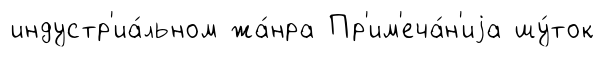
индустр'иа́льном жа́нра Пр'им'еча́н'иjа шу́ток